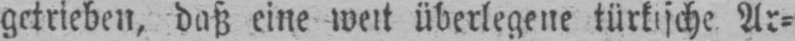
Ar⸗